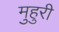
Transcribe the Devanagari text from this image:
मुहुरी